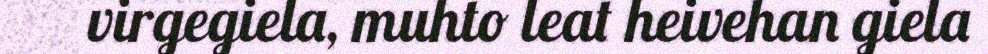
virgegiela, muhto leat heivehan giela